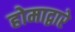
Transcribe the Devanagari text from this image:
होमाद्वारे